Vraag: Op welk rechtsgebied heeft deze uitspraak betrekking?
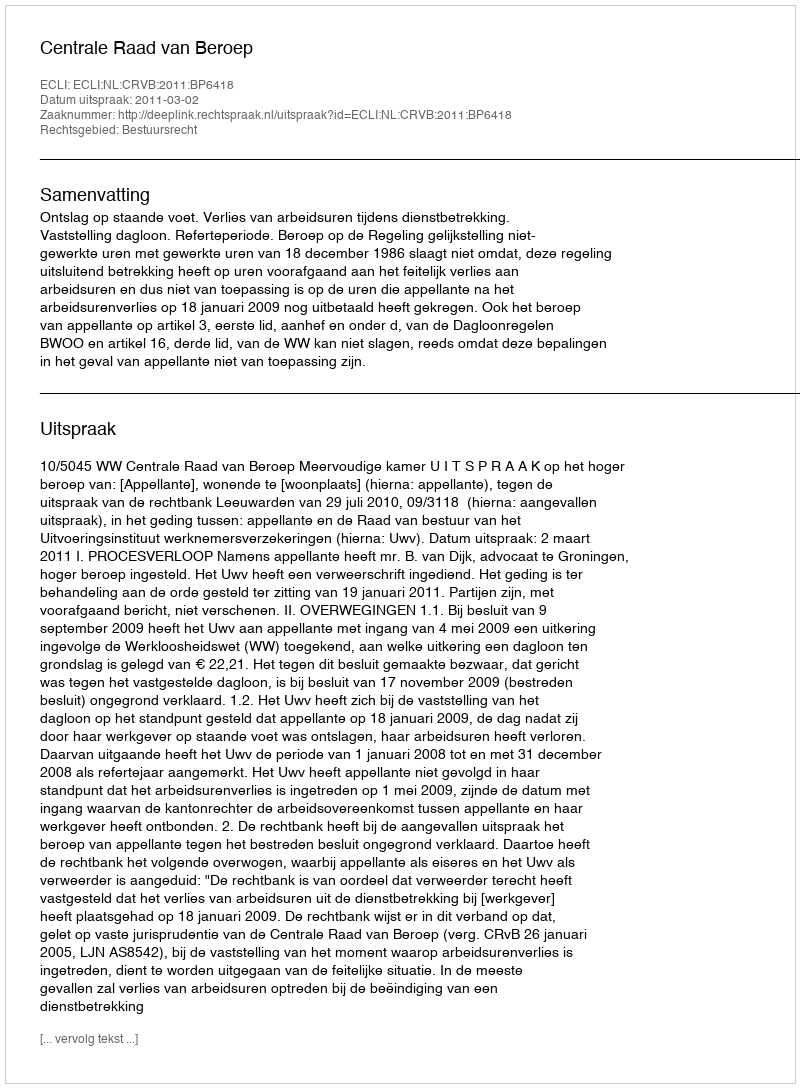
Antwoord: Bestuursrecht